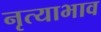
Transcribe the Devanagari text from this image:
नृत्याभाव